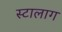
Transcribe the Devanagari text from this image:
स्टालाग